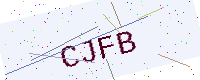
Text: CJFB